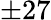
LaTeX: \pm 27